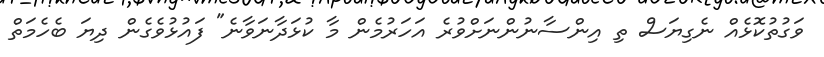
ވަގުތުކޮޅެއް ނެގިޔަސް ތި އިންސާނުންނަށްވުރެ އަހަރުމެން މާ ކުޅަދާނަވާނެ" ފައުޅުވެގެން ދިޔަ ބެހެމަތް